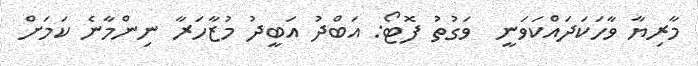
މާރިޔާ ވާހަކަދައްކަވަނީ  ވަގުތު ފޮޓޯ: އަބްދު އަބީދު މުޒާހަރާ ނިންމާނެ ކަމަަށް